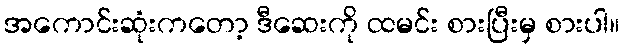
အကောင်းဆုံးကတော့ ဒီဆေးကို ထမင်း စားပြီးမှ စားပါ။